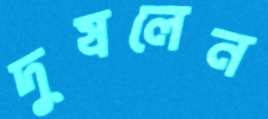
দুষলেন